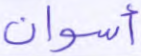
أسوان